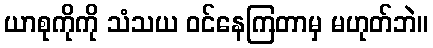
ယာစုကိုကို သံသယ ဝင်နေကြတာမှ မဟုတ်ဘဲ။